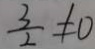
\frac { 3 } { 2 } \neq 0